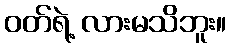
ဝတ်ရဲ့ လားမသိဘူး။